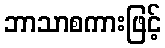
ဘာသာစကားဖြင့်